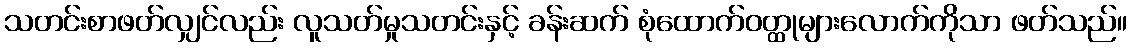
သတင်းစာဖတ်လျှင်လည်း လူသတ်မှုသတင်းနှင့် ခန်းဆက် စုံထောက်ဝတ္ထုများလောက်ကိုသာ ဖတ်သည်။